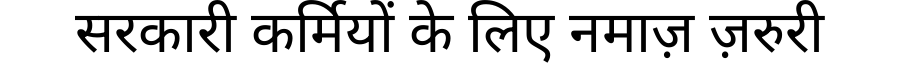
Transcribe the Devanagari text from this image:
सरकारी कर्मियों के लिए नमाज़ ज़रुरी